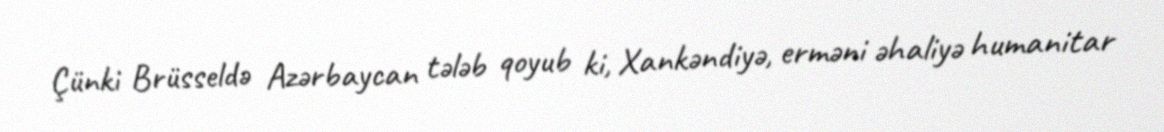
Çünki Brüsseldə Azərbaycan tələb qoyub ki, Xankəndiyə, erməni əhaliyə humanitar